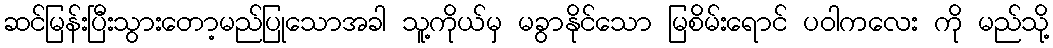
ဆင်မြန်းပြီးသွားတော့မည်ပြုသောအခါ သူ့ကိုယ်မှ မခွာနိုင်သော မြစိမ်းရောင် ပဝါကလေး ကို မည်သို့